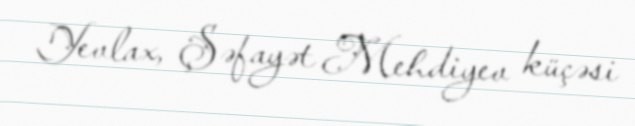
Yevlax, Şəfayət Mehdiyev küçəsi